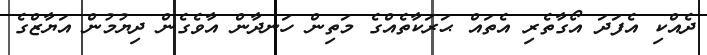
ދެއްކި އެފަދަ އޯގާތެރި އެތައް ޙަރަކާތެއްގެ މަތިން ހަނދާން އާވެގެން ދިޔުމުން އަޔާޒްގެ